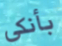
بأنكي